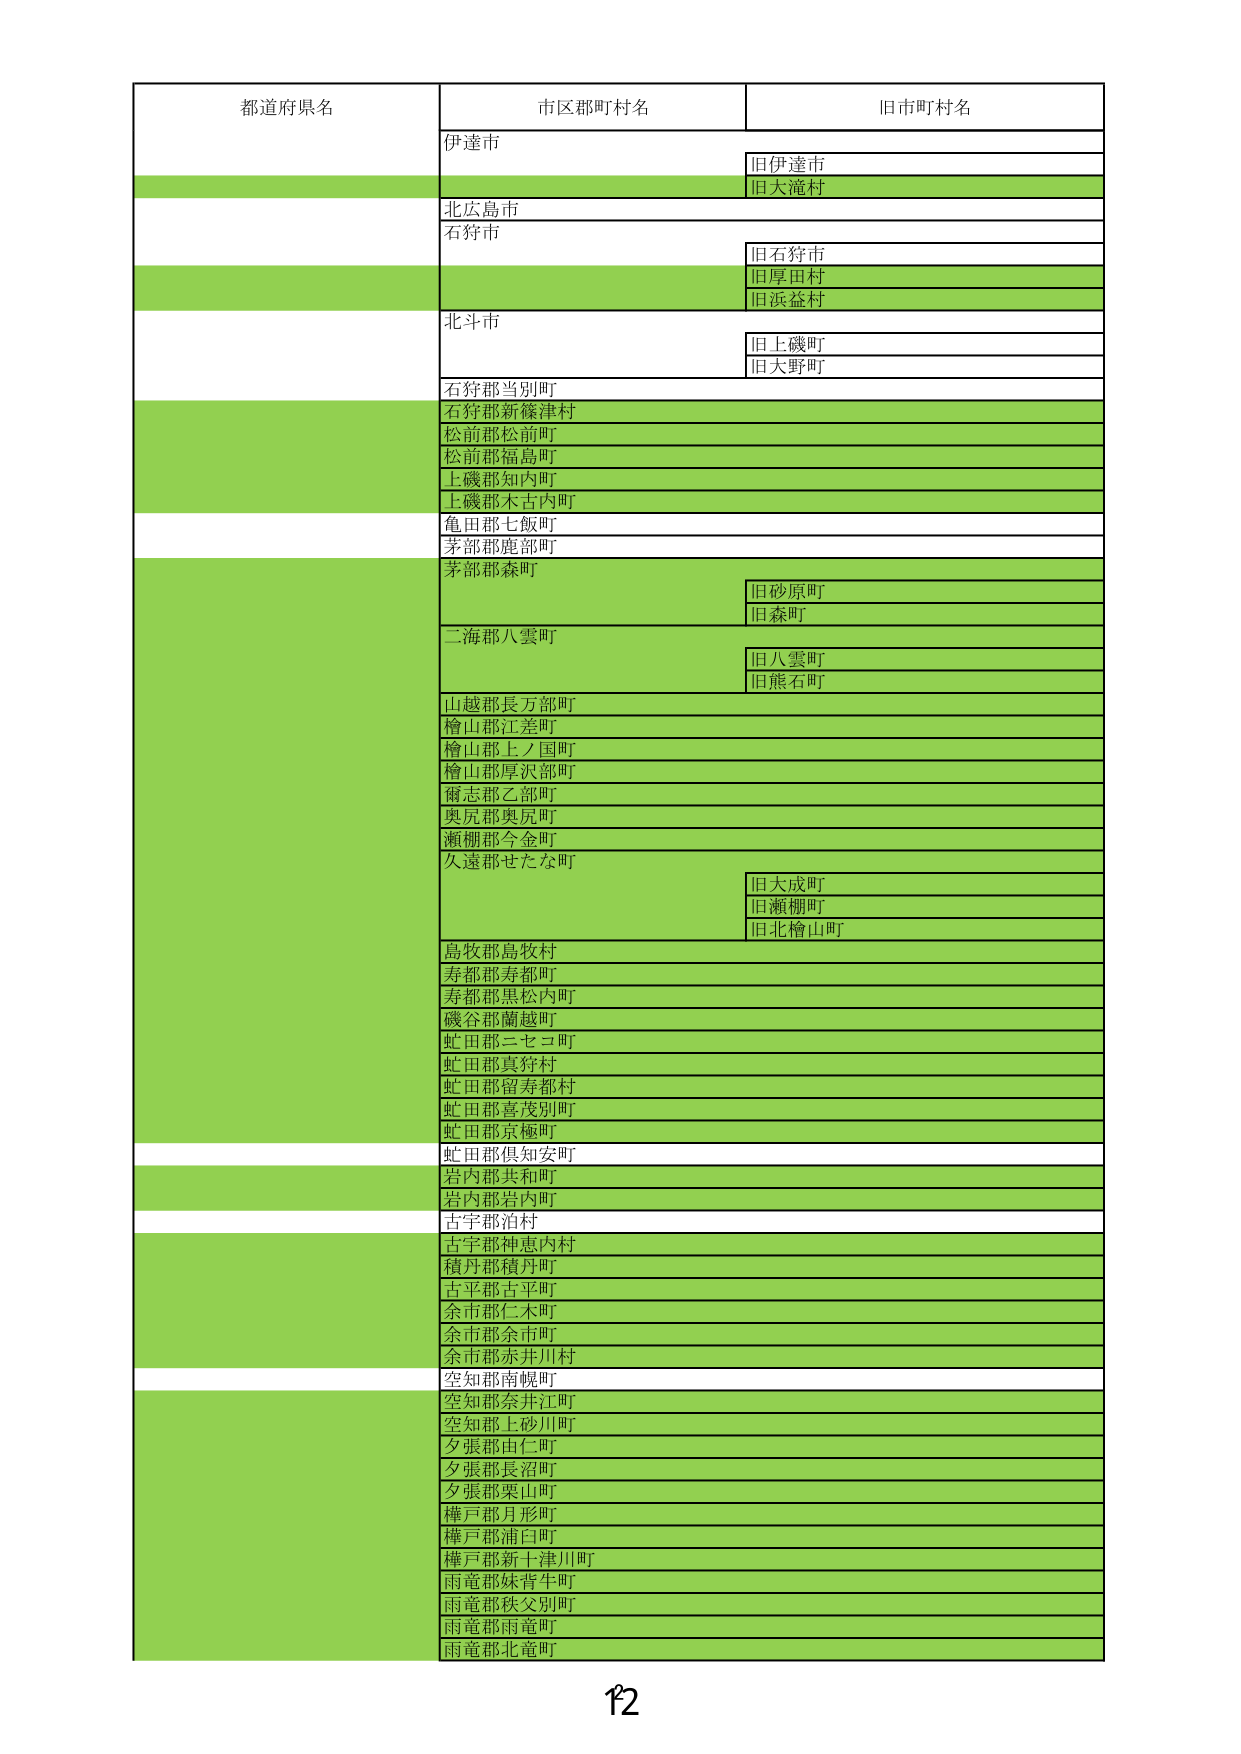
都道府県名
市区郡町村名
旧市町村名
伊達市
旧伊達市
旧大滝村
北広島市
石狩市
旧石狩市
旧厚田村
旧浜益村
北斗市
旧上磯町
旧大野町
石狩郡当別町
石狩郡新篠津村
松前郡松前町
松前郡福島町
上磯郡知内町
上磯郡木古内町
亀田郡七飯町
茅部郡鹿部町
茅部郡森町
旧砂原町
旧森町
二海郡八雲町
旧八雲町
旧熊石町
山越郡長万部町
檜山郡江差町
檜山郡上ノ国町
檜山郡厚沢部町
爾志郡乙部町
奥尻郡奥尻町
瀬棚郡今金町
久遠郡せたな町
旧大成町
旧瀬棚町
旧北檜山町
島牧郡島牧村
寿都郡寿都町
寿都郡黒松内町
磯谷郡蘭越町
虻田郡三セヨ町
虻田郡真狩村
虻田郡留寿都村
虻田郡喜茂別町
虻田郡京極町
虻田郡倶知安町
岩内郡共和町
岩内郡岩内町
古宇郡泊村
古宇郡神恵内村
積丹郡積丹町
古平郡古平町
余市郡仁木町
余市郡余市町
余市郡赤井川村
空知郡南幌町
空知郡奈井江町
空知郡上砂川町
夕張郡由仁町
夕張郡長沼町
夕張郡栗山町
樺戸郡月形町
樺戸郡浦臼町
樺戸郡新十津川町
雨竜郡妹背牛町
雨竜郡秩父別町
雨竜郡雨竜町
雨竜郡北竜町
12